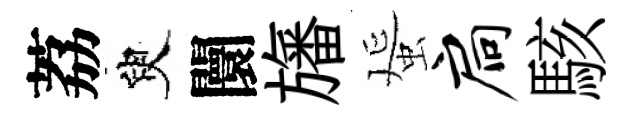
荔臾闤旛蜑扃駭